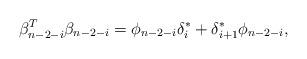
LaTeX: \begin{align*}\beta^{T}_{n-2-i}\beta_{n-2-i}=\phi_{n-2-i}\delta^{*}_{i}+\delta^*_{i+1}\phi_{n-2-i},\end{align*}